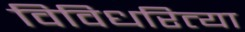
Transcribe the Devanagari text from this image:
विविधरित्या